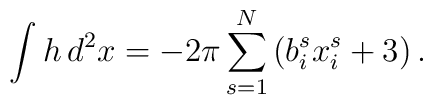
\int h \, d^{2}x=-2\pi\sum_{s=1}^{N}\left( b_{i}^{s}x_{i}^{s}+3 \right).